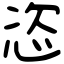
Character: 恣